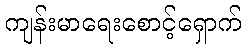
ကျန်းမာရေးစောင့်ရှောက်